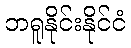
ဘရူနိုင်းနိုင်ငံ